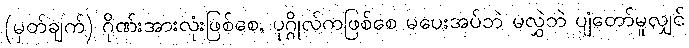
(မှတ်ချက်) ဂိုဏ်းအားလုံးဖြစ်စေ, ပုဂ္ဂိုလ်ကဖြစ်စေ မပေးအပ်ဘဲ မလွှဲဘဲ ပျံတော်မူလျှင်